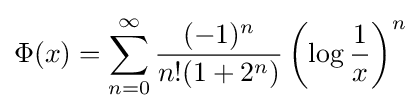
\Phi (x)=\sum _{n=0}^{\infty }{\frac {(-1)^{n}}{n!(1+2^{n})}}\left(\log {\frac {1}{x}}\right)^{n}